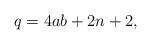
LaTeX: \begin{align*} q = 4ab + 2n + 2,\end{align*}